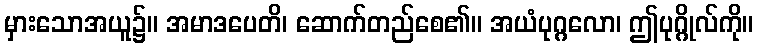
မှားသောအယူ၌။ အမာဒပေတိ၊ ဆောက်တည်စေ၏။ အယံပုဂ္ဂလော၊ ဤပုဂ္ဂိုလ်ကို။